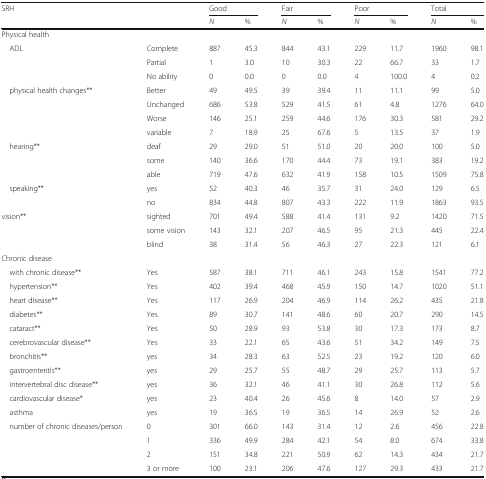
<table><thead><tr><td rowspan="2" colspan="2"><b>SRH</b></td><td colspan="2"><b>Good</b></td><td colspan="2"><b>Fair</b></td><td colspan="2"><b>Poor</b></td><td colspan="2"><b>Total</b></td></tr><tr><td><b><i>N</i></b></td><td><b>%</b></td><td><b><i>N</i></b></td><td><b>%</b></td><td><b><i>N</i></b></td><td><b>%</b></td><td><b><i>N</i></b></td><td><b>%</b></td></tr></thead><tbody><tr><td colspan="10">Physical health</td></tr><tr><td rowspan="3"> ADL</td><td>Complete</td><td>887</td><td>45.3</td><td>844</td><td>43.1</td><td>229</td><td>11.7</td><td>1960</td><td>98.1</td></tr><tr><td>Partial</td><td>1</td><td>3.0</td><td>10</td><td>30.3</td><td>22</td><td>66.7</td><td>33</td><td>1.7</td></tr><tr><td>No ability</td><td>0</td><td>0.0</td><td>0</td><td>0.0</td><td>4</td><td>100.0</td><td>4</td><td>0.2</td></tr><tr><td rowspan="4"> physical health changes**</td><td>Better</td><td>49</td><td>49.5</td><td>39</td><td>39.4</td><td>11</td><td>11.1</td><td>99</td><td>5.0</td></tr><tr><td>Unchanged</td><td>686</td><td>53.8</td><td>529</td><td>41.5</td><td>61</td><td>4.8</td><td>1276</td><td>64.0</td></tr><tr><td>Worse</td><td>146</td><td>25.1</td><td>259</td><td>44.6</td><td>176</td><td>30.3</td><td>581</td><td>29.2</td></tr><tr><td>variable</td><td>7</td><td>18.9</td><td>25</td><td>67.6</td><td>5</td><td>13.5</td><td>37</td><td>1.9</td></tr><tr><td rowspan="3"> hearing**</td><td>deaf</td><td>29</td><td>29.0</td><td>51</td><td>51.0</td><td>20</td><td>20.0</td><td>100</td><td>5.0</td></tr><tr><td>some</td><td>140</td><td>36.6</td><td>170</td><td>44.4</td><td>73</td><td>19.1</td><td>383</td><td>19.2</td></tr><tr><td>able</td><td>719</td><td>47.6</td><td>632</td><td>41.9</td><td>158</td><td>10.5</td><td>1509</td><td>75.8</td></tr><tr><td rowspan="2"> speaking**</td><td>yes</td><td>52</td><td>40.3</td><td>46</td><td>35.7</td><td>31</td><td>24.0</td><td>129</td><td>6.5</td></tr><tr><td>no</td><td>834</td><td>44.8</td><td>807</td><td>43.3</td><td>222</td><td>11.9</td><td>1863</td><td>93.5</td></tr><tr><td rowspan="3">vision**</td><td>sighted</td><td>701</td><td>49.4</td><td>588</td><td>41.4</td><td>131</td><td>9.2</td><td>1420</td><td>71.5</td></tr><tr><td>some vision</td><td>143</td><td>32.1</td><td>207</td><td>46.5</td><td>95</td><td>21.3</td><td>445</td><td>22.4</td></tr><tr><td>blind</td><td>38</td><td>31.4</td><td>56</td><td>46.3</td><td>27</td><td>22.3</td><td>121</td><td>6.1</td></tr><tr><td colspan="10">Chronic disease</td></tr><tr><td> with chronic disease**</td><td>Yes</td><td>587</td><td>38.1</td><td>711</td><td>46.1</td><td>243</td><td>15.8</td><td>1541</td><td>77.2</td></tr><tr><td> hypertension**</td><td>Yes</td><td>402</td><td>39.4</td><td>468</td><td>45.9</td><td>150</td><td>14.7</td><td>1020</td><td>51.1</td></tr><tr><td> heart disease**</td><td>Yes</td><td>117</td><td>26.9</td><td>204</td><td>46.9</td><td>114</td><td>26.2</td><td>435</td><td>21.8</td></tr><tr><td> diabetes**</td><td>Yes</td><td>89</td><td>30.7</td><td>141</td><td>48.6</td><td>60</td><td>20.7</td><td>290</td><td>14.5</td></tr><tr><td> cataract**</td><td>Yes</td><td>50</td><td>28.9</td><td>93</td><td>53.8</td><td>30</td><td>17.3</td><td>173</td><td>8.7</td></tr><tr><td> cerebrovascular disease**</td><td>Yes</td><td>33</td><td>22.1</td><td>65</td><td>43.6</td><td>51</td><td>34.2</td><td>149</td><td>7.5</td></tr><tr><td> bronchitis**</td><td>yes</td><td>34</td><td>28.3</td><td>63</td><td>52.5</td><td>23</td><td>19.2</td><td>120</td><td>6.0</td></tr><tr><td> gastroenteritis**</td><td>yes</td><td>29</td><td>25.7</td><td>55</td><td>48.7</td><td>29</td><td>25.7</td><td>113</td><td>5.7</td></tr><tr><td> intervertebral disc disease**</td><td>yes</td><td>36</td><td>32.1</td><td>46</td><td>41.1</td><td>30</td><td>26.8</td><td>112</td><td>5.6</td></tr><tr><td> cardiovascular disease*</td><td>yes</td><td>23</td><td>40.4</td><td>26</td><td>45.6</td><td>8</td><td>14.0</td><td>57</td><td>2.9</td></tr><tr><td> asthma</td><td>yes</td><td>19</td><td>36.5</td><td>19</td><td>36.5</td><td>14</td><td>26.9</td><td>52</td><td>2.6</td></tr><tr><td rowspan="4"> number of chronic diseases/person</td><td>0</td><td>301</td><td>66.0</td><td>143</td><td>31.4</td><td>12</td><td>2.6</td><td>456</td><td>22.8</td></tr><tr><td>1</td><td>336</td><td>49.9</td><td>284</td><td>42.1</td><td>54</td><td>8.0</td><td>674</td><td>33.8</td></tr><tr><td>2</td><td>151</td><td>34.8</td><td>221</td><td>50.9</td><td>62</td><td>14.3</td><td>434</td><td>21.7</td></tr><tr><td>3 or more</td><td>100</td><td>23.1</td><td>206</td><td>47.6</td><td>127</td><td>29.3</td><td>433</td><td>21.7</td></tr></tbody></table>